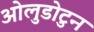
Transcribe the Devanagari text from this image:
ओलुडोटुन